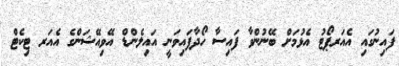
ފައިނުގައި އެއަރޕޯޓު އެޅުމަށް ބޭނުންވާ ފައިސާ ހޯދާފައިވަނީ އައިލެންޑް އޭވިއޭޝަންގެ އެއަރ ޓިކެޓް